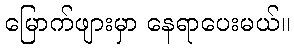
မြောက်ဖျားမှာ နေရာပေးမယ်။